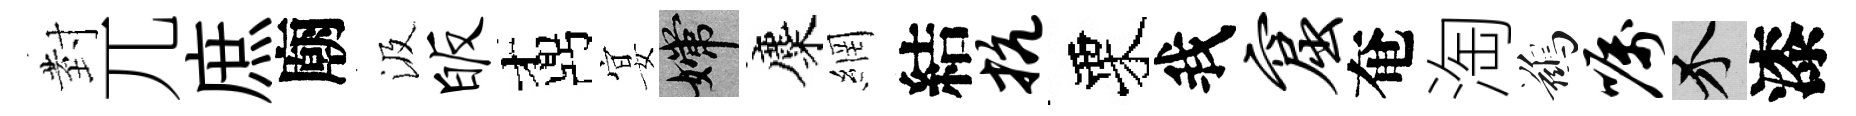
𭔹兀庶廟汲皈鼒宴嫦麋網結抗栗我窟奄淘鷀嘱介漆